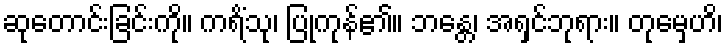
ဆုတောင်းခြင်းကို။ ကရိံသု၊ ပြုကုန်၏။ ဘန္တေ၊ အရှင်ဘုရား။ တုမှေဟိ၊